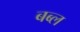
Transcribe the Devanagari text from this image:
बब्ल